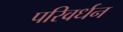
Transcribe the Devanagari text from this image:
परिवर्धन